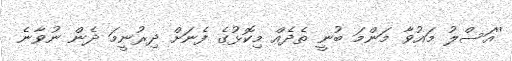
''އަސްލު މައުވާ މަންމަ ބުނީ ތެދެއް މިކޮޅުގެ ފެނަށް ދިރުނީމަ ދެން ނުވާނެ